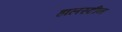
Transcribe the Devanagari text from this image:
हालस्टीन